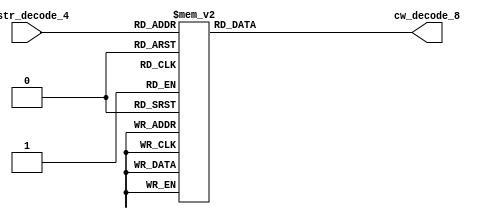
module controller(instr_decode_4,cw_decode_8);
input [3:0] instr_decode_4;
output [7:0] cw_decode_8;
reg [7:0] temp;
assign cw_decode_8=temp;
always@(instr_decode_4)
begin
case(instr_decode_4)
4'b0001: temp=8'b00000001;//ADD
4'b0010: temp=8'b00000001;//NAND
4'b0000: temp=8'b00000101;//ADI
4'b0011: temp=8'b00011001;//LWI
4'b1001: temp=8'b01010001;//JAL
4'b1011: temp=8'b00000000;//JRI
4'b1010: temp=8'b01010001;//JLR
4'b1000: temp=8'b00000000;//BEQ
4'b0100: temp=8'b10110001;//LW
4'b0101: temp=8'b10000010;//SW
4'b1110: temp=8'b00100001;//LA

4'b1111: temp=8'b00000010;//SA
4'b1100: temp=8'b00100001;//LM
4'b1101: temp=8'b00000010;//SM

default: temp=8'b00000000;//NOP

endcase
end
endmodule
////Testbench-working
//`timescale 1 ns/1 ps
//module tb_controller;
//
//reg [3:0] tb_instr_decode_4;
//wire [7:0] tb_cw_decode_8;
//controller c1(tb_instr_decode_4,tb_cw_decode_8);
//initial 
//begin
//tb_instr_decode_4=4'b1011;
//#15;
//tb_instr_decode_4=4'b1111;
//#15;
//tb_instr_decode_4=4'b0111;
//end
//
//
//endmodule